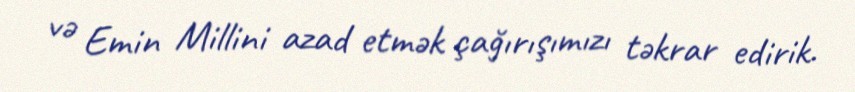
və Emin Millini azad etmək çağırışımızı təkrar edirik.